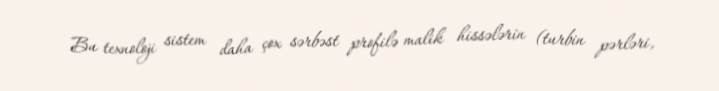
Bu texnoloji sistem daha çox sərbəst profilə malik hissələrin (turbin pərləri,